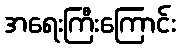
အရေးကြီးကြောင်း